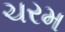
ચરમ